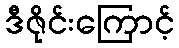
ဒီဇိုင်းကြောင့်